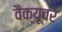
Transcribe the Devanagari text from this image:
वैंक्यूवर